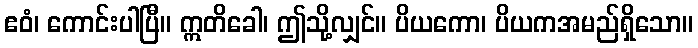
ဧဝံ၊ ကောင်းပါပြီ။ ဣတိခေါ၊ ဤသို့လျှင်။ ပိယကော၊ ပိယကအမည်ရှိသော။